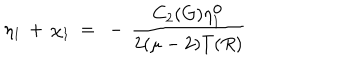
LaTeX: \eta _ { 1 } \, + \, \chi _ { 1 } ~ = ~ - \, \frac { C _ { 2 } ( G ) \eta _ { 1 } ^ { \mathrm { o } } } { 2 ( \mu - 2 ) T ( R ) }